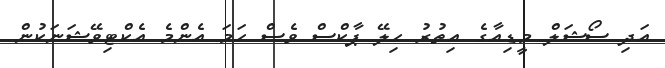
އަދި ސޯޝަލް މީޑިއާގެ އިތުރު ހިލޭ ޕާކްސް ވެސް ހަމަ އެންމެ އެކްޓިވޭޝަނަކުން